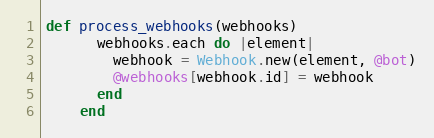
Language: Ruby
def process_webhooks(webhooks)
      webhooks.each do |element|
        webhook = Webhook.new(element, @bot)
        @webhooks[webhook.id] = webhook
      end
    end